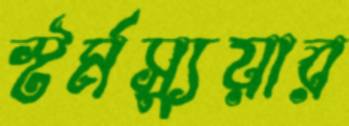
স্টর্মস্যুয়ার